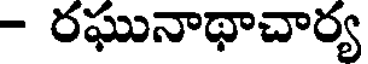
- రఘునాథాచార్య